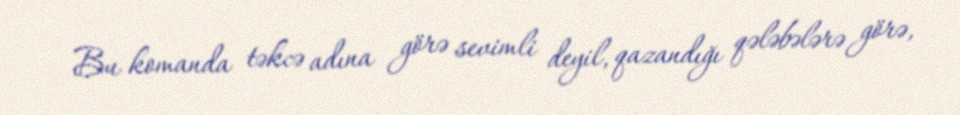
Bu komanda təkcə adına görə sevimli deyil, qazandığı qələbələrə görə,